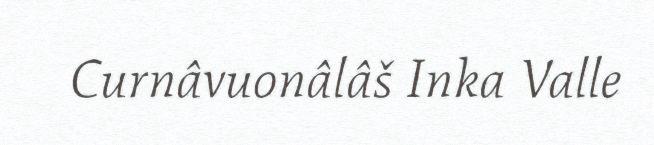
Curnâvuonâlâš Inka Valle